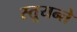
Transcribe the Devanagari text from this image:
स्तूयन्ते